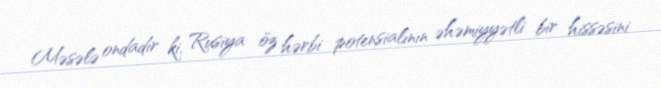
Məsələ ondadır ki, Rusiya öz hərbi potensialının əhəmiyyətli bir hissəsini